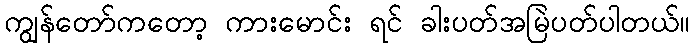
ကျွန်တော်ကတော့ ကားမောင်း ရင် ခါးပတ်အမြဲပတ်ပါတယ်။